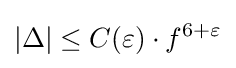
|\Delta |\leq C(\varepsilon )\cdot f^{6+\varepsilon }